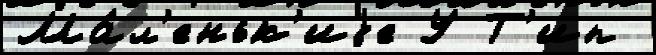
Ма́л'еньк'иjе У Т'ип